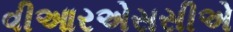
વીઆરએસસીએ